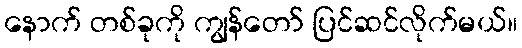
နောက် တစ်ခုကို ကျွန်တော် ပြင်ဆင်လိုက်မယ်။